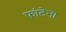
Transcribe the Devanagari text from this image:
फांटेना